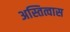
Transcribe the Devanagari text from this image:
अस्तित्वास